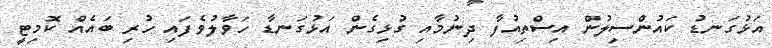
އަޅުގަނޑު ކައުންސިލުން އިސްތިއުފާ ދިނުމާއި ގުޅިގެން އަޅުގަނޑާ ހަވާލުވެފައި ހުރި ބައެއް ކޮމިޓީ